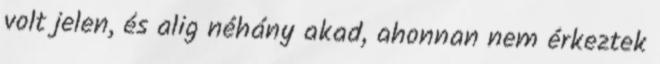
volt jelen, és alig néhány akad, ahonnan nem érkeztek